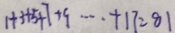
1 + 3 + 5 + 7 + 9 \cdots + 1 7 = 8 1